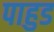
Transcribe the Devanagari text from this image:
पाहुड